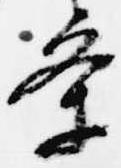
条